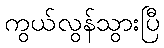
ကွယ်လွန်သွားပြီ